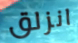
انزلق